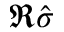
\Re \hat { \sigma }